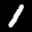
Label: 1